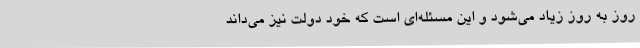
روز به روز زیاد می‌شود و این مسئله‌ای است که خود دولت نیز می‌داند